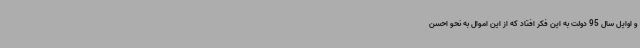
و اوایل سال 95 دولت به این فکر افتاد که از این اموال به نحو احسن